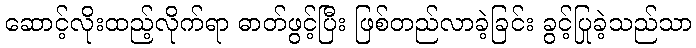
ဆောင့်လိုးထည့်လိုက်ရာ ဓာတ်ဖွင့်ပြီး ဖြစ်တည်လာခဲ့ခြင်း ခွင့်ပြုခဲ့သည်သာ